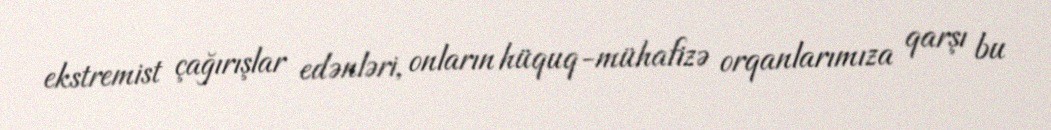
ekstremist çağırışlar edənləri, onların hüquq-mühafizə orqanlarımıza qarşı bu